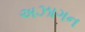
અઝાગન